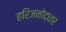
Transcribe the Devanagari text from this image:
हरिजनोद्धार